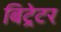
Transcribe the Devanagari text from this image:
बिट्रेटर